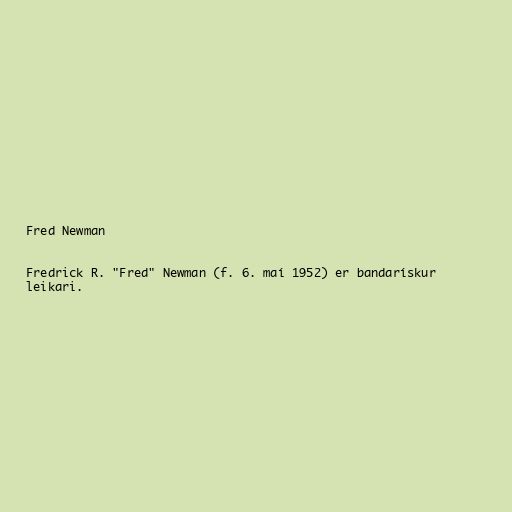
Fred Newman

Fredrick R. "Fred" Newman (f. 6. maí 1952) er bandarískur
leikari.